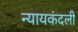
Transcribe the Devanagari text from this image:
न्यायकंदली